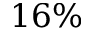
1 6 \%